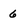
Character: 6